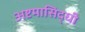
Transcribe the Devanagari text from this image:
अष्टमासिद्धी